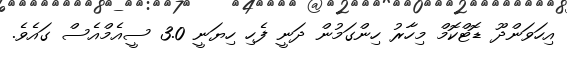
އިހަވަންދޫ ޑޮޓްކޮމް މިހާރު ހިންގަމުން ދަނީ ފެހި ހިޔަނީ 3.0 ސީއެމްއެސް ގައެވެ.